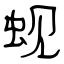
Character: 蚬